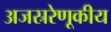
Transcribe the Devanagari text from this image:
अजस्ररेणूकीय